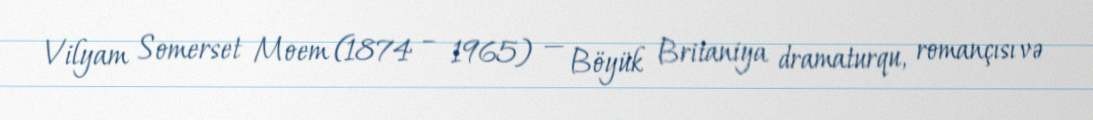
Vilyam Somerset Moem (1874 – 1965) — Böyük Britaniya dramaturqu, romançısı və